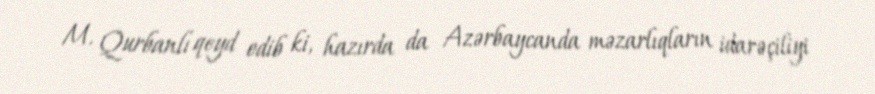
M. Qurbanlı qeyd edib ki, hazırda da Azərbaycanda məzarlıqların idarəçiliyi